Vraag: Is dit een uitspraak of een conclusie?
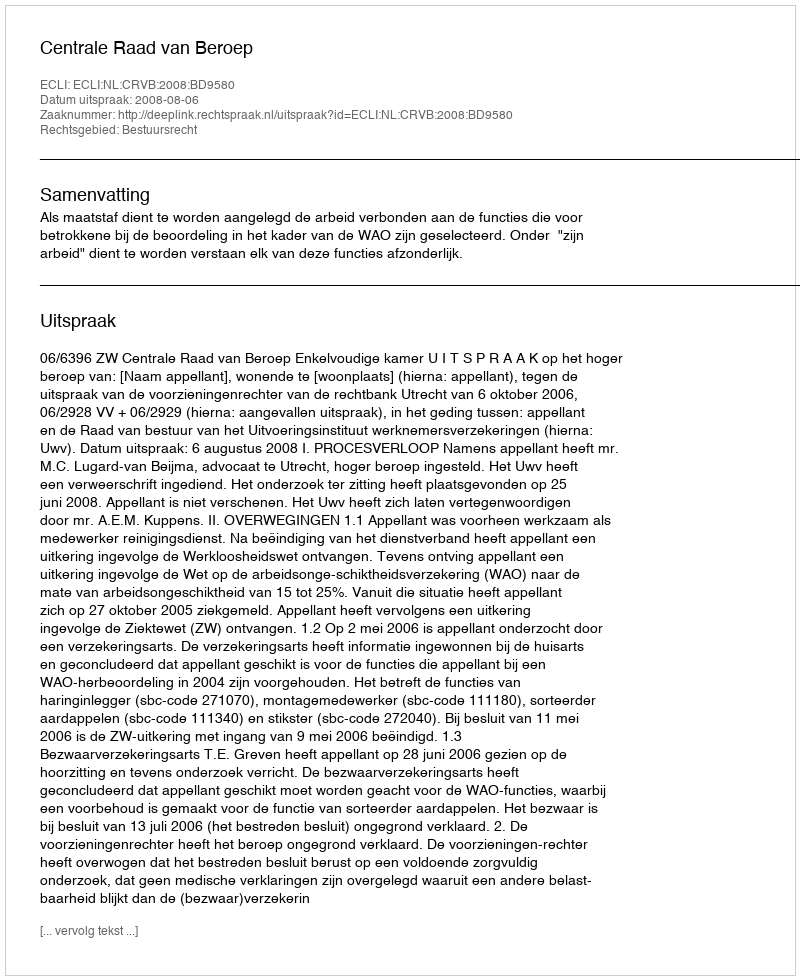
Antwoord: Uitspraak